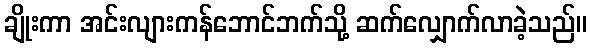
ချိုးကာ အင်းလျားကန်ဘောင်ဘက်သို့ ဆက်လျှောက်လာခဲ့သည်။